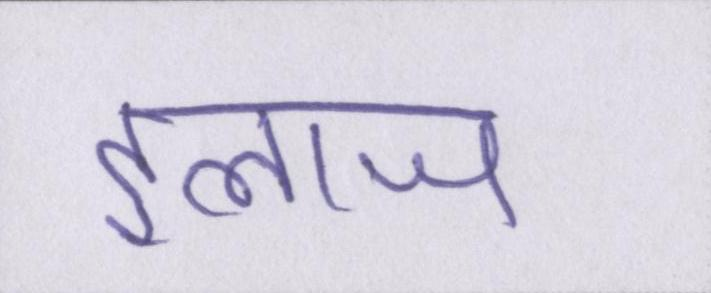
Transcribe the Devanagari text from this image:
इलाज